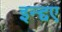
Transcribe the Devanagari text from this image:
इन्द्दए